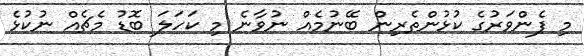
މި ފެންވަރުގެ ކުޅުންތެރިން ބޭނުމެއް ނުވާނެ މި ކަހަލަ ބޮޑު މެޗެއް ނުކުޅެ